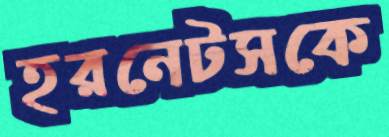
হরনেটসকে